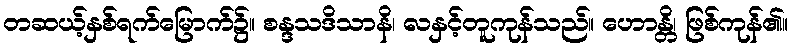
တဆယ့်နှစ်ရက်မြောက်၌။ စန္ဒသဒိသာနိ၊ လနှင့်တူကုန်သည်။ ဟောန္တိ၊ ဖြစ်ကုန်၏။